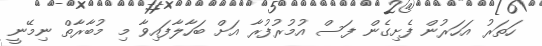
ހަތަރު އަހަރުން ފެށިގެން ފަސް އުމުރުފުރާ އަށް ބަހާލާފައިވާ މި މުބާރާތް ނިމޭނީ